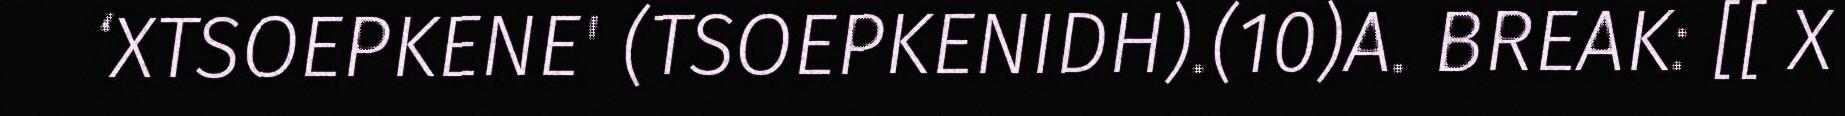
‘XTSOEPKENE' (TSOEPKENIDH).(10)A. BREAK: [[ X